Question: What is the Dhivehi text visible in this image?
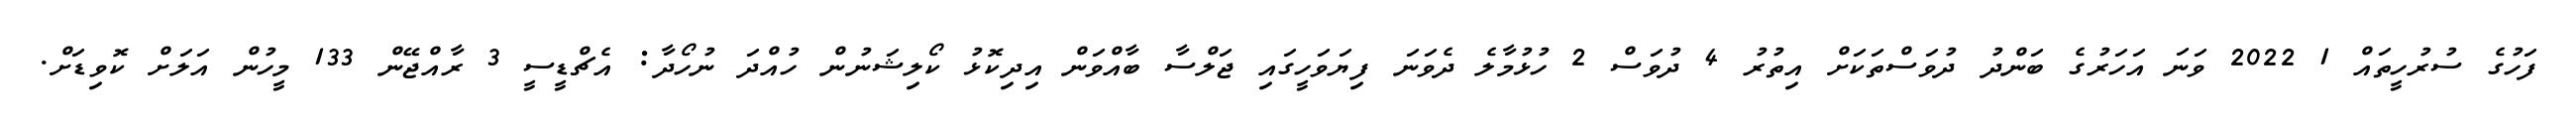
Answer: ފަހުގެ ސުރުހީތައް 1 2022 ވަނަ އަހަރުގެ ބަންދު ދުވަސްތަކަށް އިތުރު 4 ދުވަސް 2 ހުޅުމާލެ ދެވަނަ ފިޔަވަހީގައި ޖަލްސާ ބާއްވަން އިދިކޮޅު ކޯލިޝަނުން ހުއްދަ ނުހޯދާ: އެޗްޑީސީ 3 ރާއްޖޭން 133 މީހުން އަލަށް ކޮވިޑަށް.